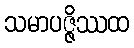
သမာပဇ္ဇိဿထ